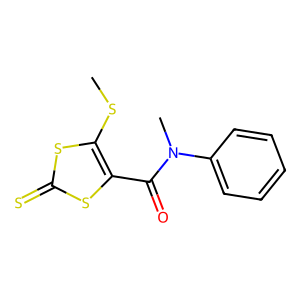
SMILES: CSc1sc(=S)sc1C(=O)N(C)c1ccccc1
Inhibits HIV replication: No